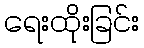
ရေးထိုးခြင်း